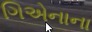
ગિએનાના